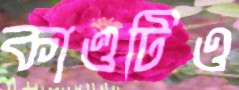
কাণ্ডটিও